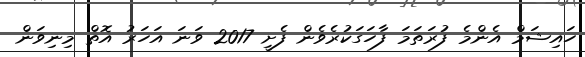
ހައިޝަމް އެންމެ ފުރަތަމަ ފާހަގަކުރެވެން ފެށީ 2017 ވަނަ އަހަރު އޮތް މިނިވަން